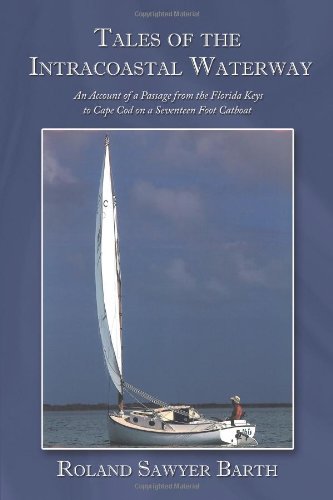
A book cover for Tales of the Intracoastal Waterway: An Account of a Passage from the Florida Keys to Cape Cod on a Seventeen Foot Catboat; Roland Sawyer Barth; Biographies & Memoirs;